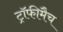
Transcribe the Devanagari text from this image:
ट्रॉफीमैच